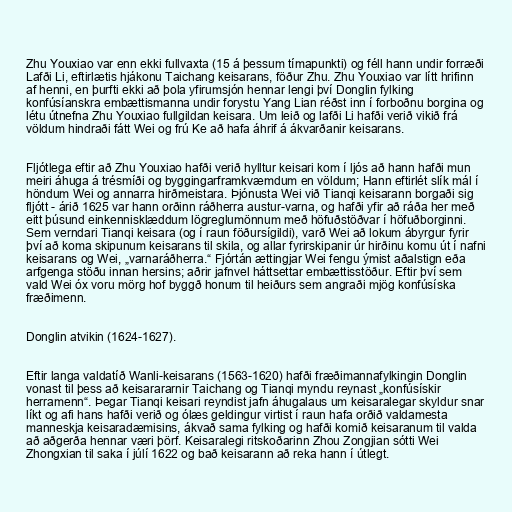
Zhu Youxiao var enn ekki fullvaxta (15 á þessum tímapunkti) og féll hann undir forræði
Lafði Li, eftirlætis hjákonu Taichang keisarans, föður Zhu. Zhu Youxiao var lítt hrifinn
af henni, en þurfti ekki að þola yfirumsjón hennar lengi því Donglin fylking
konfúsíanskra embættismanna undir forystu Yang Lian réðst inn í forboðnu borgina og
létu útnefna Zhu Youxiao fullgildan keisara. Um leið og lafði Li hafði verið vikið frá
völdum hindraði fátt Wei og frú Ke að hafa áhrif á ákvarðanir keisarans.

Fljótlega eftir að Zhu Youxiao hafði verið hylltur keisari kom í ljós að hann hafði mun
meiri áhuga á trésmíði og byggingarframkvæmdum en völdum; Hann eftirlét slík mál í
höndum Wei og annarra hirðmeistara. Þjónusta Wei við Tianqi keisarann borgaði sig
fljótt - árið 1625 var hann orðinn ráðherra austur-varna, og hafði yfir að ráða her með
eitt þúsund einkennisklæddum lögreglumönnum með höfuðstöðvar í höfuðborginni.
Sem verndari Tianqi keisara (og í raun föðursígildi), varð Wei að lokum ábyrgur fyrir
því að koma skipunum keisarans til skila, og allar fyrirskipanir úr hirðinu komu út í nafni
keisarans og Wei, „varnaráðherra.“ Fjórtán ættingjar Wei fengu ýmist aðalstign eða
arfgenga stöðu innan hersins; aðrir jafnvel háttsettar embættisstöður. Eftir því sem
vald Wei óx voru mörg hof byggð honum til heiðurs sem angraði mjög konfúsíska
fræðimenn.

Donglin atvikin (1624-1627).

Eftir langa valdatíð Wanli-keisarans (1563-1620) hafði fræðimannafylkingin Donglin
vonast til þess að keisarararnir Taichang og Tianqi myndu reynast „konfúsískir
herramenn“. Þegar Tianqi keisari reyndist jafn áhugalaus um keisaralegar skyldur snar
líkt og afi hans hafði verið og ólæs geldingur virtist í raun hafa orðið valdamesta
manneskja keisaradæmisins, ákvað sama fylking og hafði komið keisaranum til valda
að aðgerða hennar væri þörf. Keisaralegi ritskoðarinn Zhou Zongjian sótti Wei
Zhongxian til saka í júlí 1622 og bað keisarann að reka hann í útlegt.